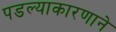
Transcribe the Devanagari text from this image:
पडल्याकारणाने